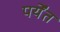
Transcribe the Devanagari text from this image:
पर्येंत